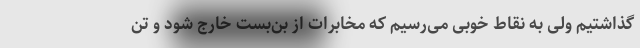
گذاشتیم ولی به نقاط خوبی می‌رسیم که مخابرات از بن‌بست خارج شود و تن